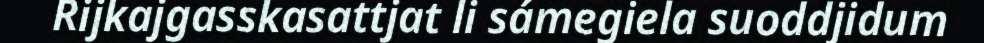
Rijkajgasskasattjat li sámegiela suoddjidum